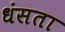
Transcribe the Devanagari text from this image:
धंसता